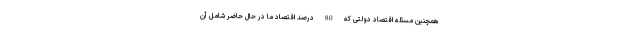
همچنین مسئله اقتصاد دولتی که 80 درصد اقتصاد ما در حال حاضر شامل آن